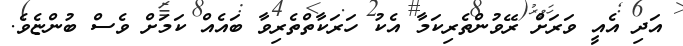
އަދި އެއީ ވަރަށް ރޭވުންތެރިކަމާ އެކު ހަރަކާތްތެރިވާ ބައެއް ކަމަށް ވެސް ބުންޏެވެ.